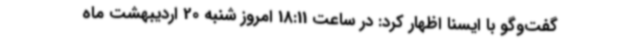
گفت‌وگو با ایسنا اظهار کرد: در ساعت 18:11 امروز شنبه 20 اردیبهشت ماه